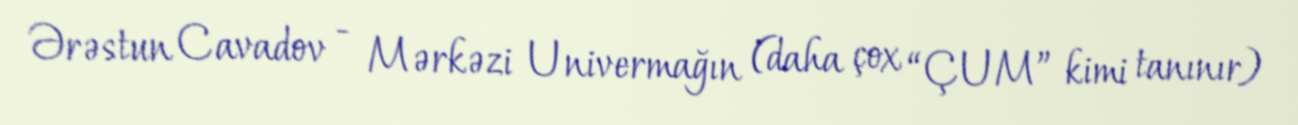
Ərəstun Cavadov - Mərkəzi Univermağın (daha çox “ÇUM” kimi tanınır)